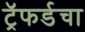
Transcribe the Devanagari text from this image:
ट्रॅफर्डचा